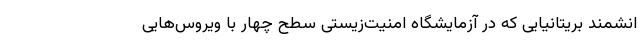
انشمند بریتانیایی که در آزمایشگاه امنیت‌زیستی سطح چهار با ویروس‌هایی